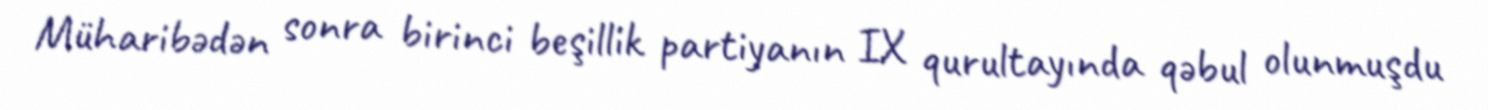
Müharibədən sonra birinci beşillik partiyanın IX qurultayında qəbul olunmuşdu